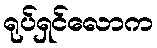
ရုပ်ရှင်လောက